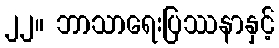
၂၂။ ဘာသာရေးပြဿနာနှင့်